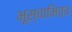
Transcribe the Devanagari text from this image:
भूस्वामित्व